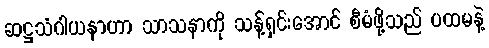
ဆဋ္ဌသံဂါယနာဟာ သာသနာကို သန့်ရှင်းအောင် စီမံဖို့သည် ပထမနဲ့